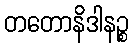
တတောနိဒါနဉ္စ